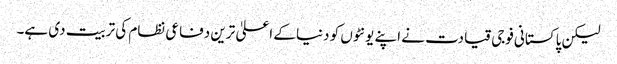
لیکن پاکستانی فوجی قیادت نے اپنے یونٹوں کو دنیا کے اعلیٰ ترین دفاعی نظام کی تربیت دی ہے۔